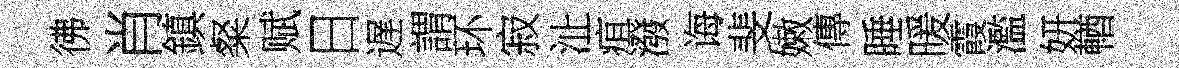
彿肖鎮粲赋日遅謂环寂沚疽潑诲斐嫩傳睡暖霞濫妍輶